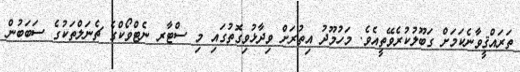
ތަރައްޤީވާނެކަމަށް ގަބޫލުކުރެވޭތީއެވެ. މަހުމޫދު އިތުރަށް ވިދާޅުވިގޮތުގައި މި ސްޓާރ ނެޓްވޯކްގެ ޗެނަލްތަކުގެ ސަބަބުން